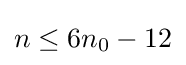
n\leq 6n_{0}-12